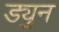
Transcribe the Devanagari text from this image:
ड्युन